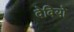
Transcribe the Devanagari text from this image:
देवियो